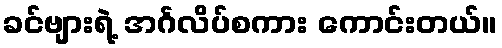
ခင်ဗျားရဲ့ အင်္ဂလိပ်စကား ကောင်းတယ်။